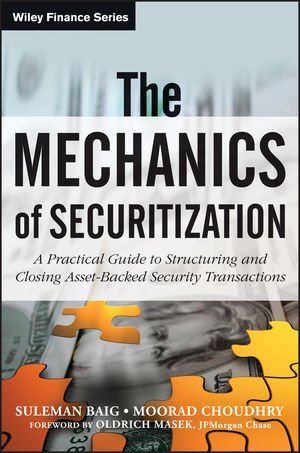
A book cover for The Mechanics of Securitization: A Practical Guide to Structuring and Closing Asset-Backed Security Transactions; Moorad Choudhry; Business & Money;